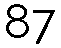
87